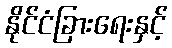
နိုင်ငံခြားရေးနှင့်